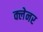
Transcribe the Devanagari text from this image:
क्लेनर